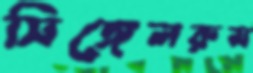
সিঙ্গেলরুম